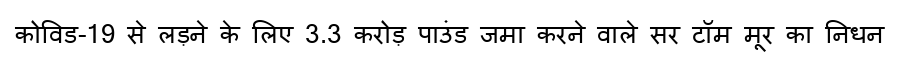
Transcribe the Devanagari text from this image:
कोविड-19 से लड़ने के लिए 3.3 करोड़ पाउंड जमा करने वाले सर टॉम मूर का निधन